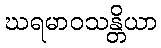
ဃရမာဝသန္တိယာ